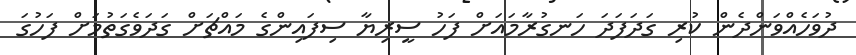
ދުވަހެއްވަންދެން ކުރި ގަދަފަދަ ހަނގުރާމައަށް ފަހު ސީރިޔާ ސިފައިންގެ މައްޗަށް ގަދަވެގަތުމަށް ފަހުގަ